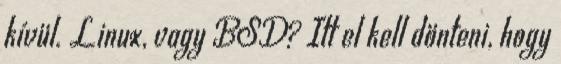
kívül. Linux, vagy BSD? Itt el kell dönteni, hogy